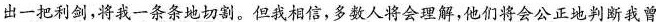
出一把利剑，将我一条条地切割。但我相信，多数人将会理解，他们将会公正地判断我曾